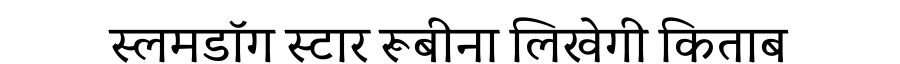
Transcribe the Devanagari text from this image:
स्लमडॉग स्टार रूबीना लिखेगी किताब